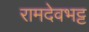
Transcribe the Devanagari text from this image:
रामदेवभट्ट